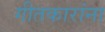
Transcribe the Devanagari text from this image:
गीतकारांना